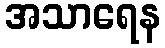
အသာရေန